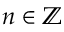
n \in \mathbb { Z }